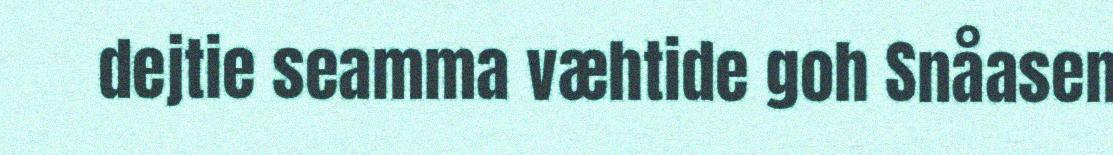
dejtie seamma væhtide goh Snåasen